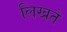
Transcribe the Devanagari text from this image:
लिखते